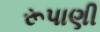
રૂપાણી